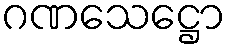
ဂဏသေဋ္ဌော